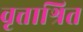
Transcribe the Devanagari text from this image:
वृत्ताश्रित